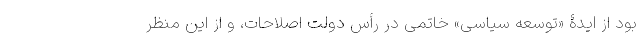
بود از ایدۀ «توسعه سیاسی» خاتمی در رأس دولت اصلاحات، و از این منظر